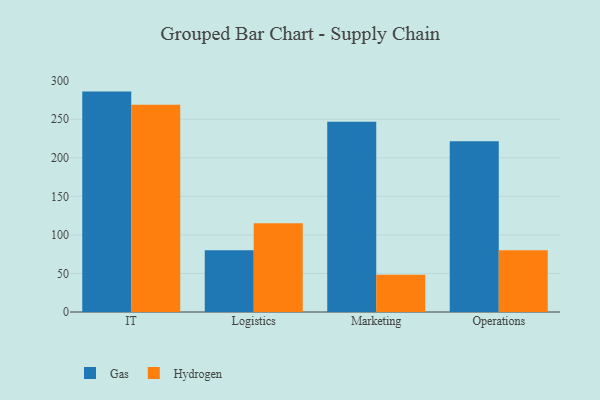
{"axis": {"x": "Department", "y": "Active Users"}, "legend": ["Gas", "Hydrogen"], "data": [{"x": "IT", "y": 285.9, "type": "Gas"}, {"x": "IT", "y": 268.7, "type": "Hydrogen"}, {"x": "Logistics", "y": 80.1, "type": "Gas"}, {"x": "Logistics", "y": 115.0, "type": "Hydrogen"}, {"x": "Marketing", "y": 246.7, "type": "Gas"}, {"x": "Marketing", "y": 48.3, "type": "Hydrogen"}, {"x": "Operations", "y": 221.5, "type": "Gas"}, {"x": "Operations", "y": 80.1, "type": "Hydrogen"}]}